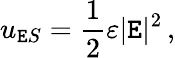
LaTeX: u_{\mathtt{E}S}={\frac{{1}}{{2}}}\varepsilon|\mathbf{{\mathtt{E}}}|^{2}\, ,